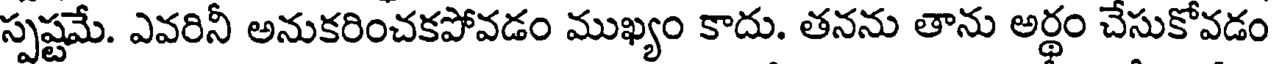
స్పష్టమే. ఎవరినీ అనుకరించకపోవడం ముఖ్యం కాదు. తనను తాను అర్థం చేసుకోవడం